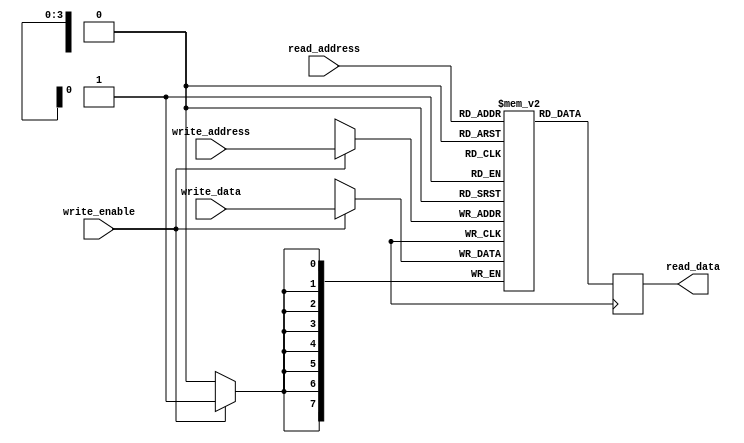
module dual_port_register_file(
    input [7:0] write_data,
    input [3:0] write_address,
    input write_enable,
    input [3:0] read_address,
    output reg [7:0] read_data
);

reg [7:0] memory [15:0]; // 16 registers

always @(posedge clock) begin
    if (write_enable) begin
        memory[write_address] <= write_data;
    end
    
    read_data <= memory[read_address];
end

endmodule